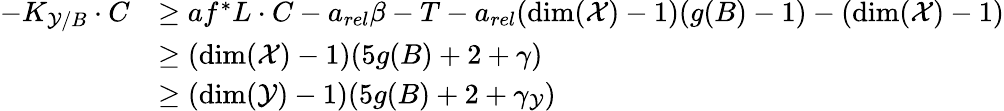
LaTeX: \begin{array}{rl}{-K_{\mathcal{Y}/B}\cdot C}&{\geq af^{*}L\cdot C-a_{rel}\beta-T-a_{rel}(\dim(\mathcal{X})-1)(g(B)-1)-(\dim(\mathcal{X})-1)}\\ &{\geq(\dim(\mathcal{X})-1)(5g(B)+2+\gamma)}\\ &{\geq(\dim(\mathcal{Y})-1)(5g(B)+2+\gamma_{\mathcal{Y}})}\end{array}